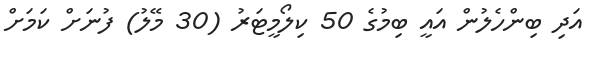
އަދި ބިންހެލުން އައީ ބިމުގެ 50 ކިލޯމީޓަރު (30 މޭލު) ފުނަށް ކަމަށް